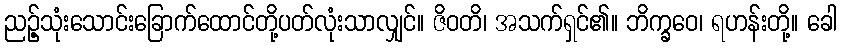
ညဉ့်သုံးသောင်းခြောက်ထောင်တို့ပတ်လုံးသာလျှင်။ ဇိဝတိ၊ အသက်ရှင်၏။ ဘိက္ခဝေ၊ ရဟန်းတို့။ ခေါ